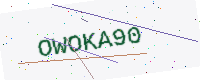
Text: OWOKA90